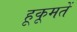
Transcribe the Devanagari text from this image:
हूकूमतें